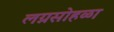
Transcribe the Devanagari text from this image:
लग्नसोहळा